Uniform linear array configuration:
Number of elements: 64
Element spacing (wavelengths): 0.25
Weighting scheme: binomial
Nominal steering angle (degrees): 30
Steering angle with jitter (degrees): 29.65
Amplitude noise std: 0.05
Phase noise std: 0.05

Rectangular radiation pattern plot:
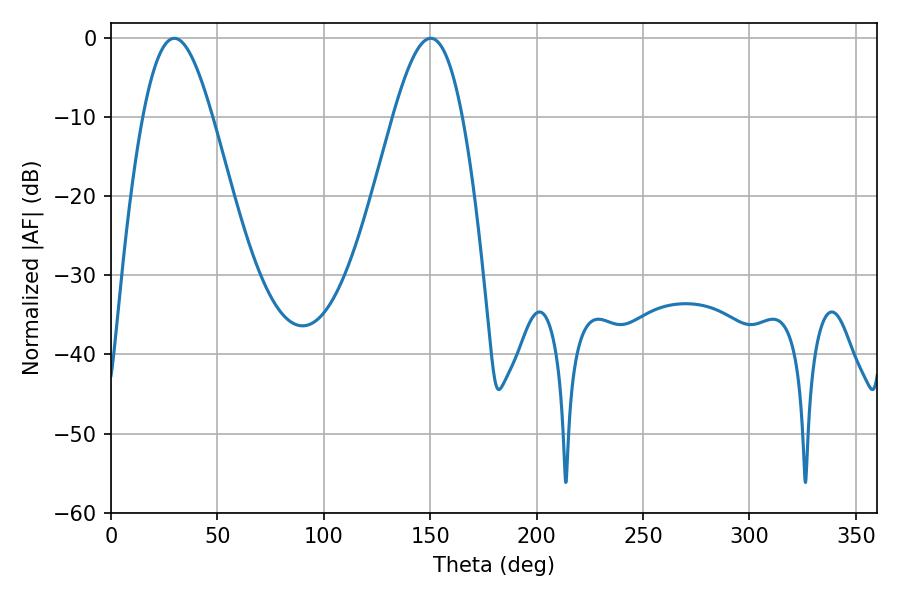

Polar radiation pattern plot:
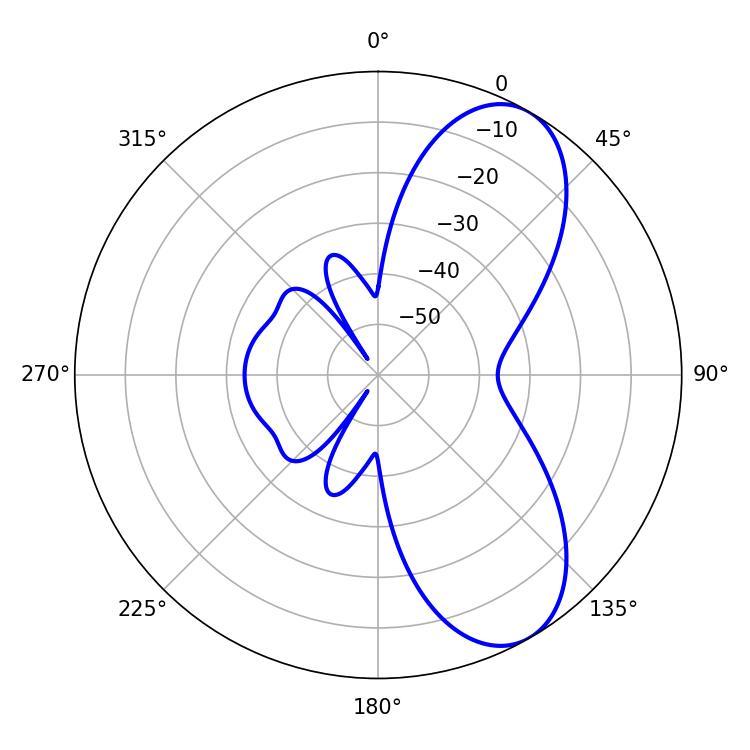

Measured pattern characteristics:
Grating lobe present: FALSE
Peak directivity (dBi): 7.715
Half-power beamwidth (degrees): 17.64
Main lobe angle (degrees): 29.7